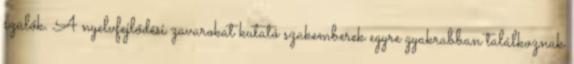
szülők. A nyelvfejlődési zavarokat kutató szakemberek egyre gyakrabban találkoznak